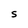
Character: S